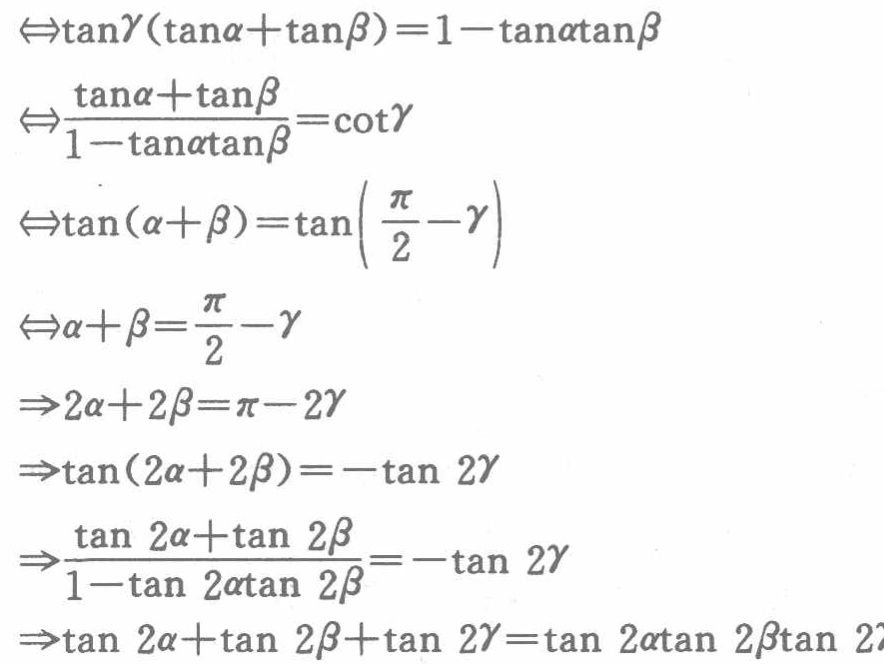
$\begin{align*}
&\Leftrightarrow\tan\gamma(\tan\alpha+\tan\beta)=1 - \tan\alpha\tan\beta\\
&\Leftrightarrow\frac{\tan\alpha+\tan\beta}{1 - \tan\alpha\tan\beta}=\cot\gamma\\
&\Leftrightarrow\tan(\alpha+\beta)=\tan\left(\frac{\pi}{2}-\gamma\right)\\
&\Leftrightarrow\alpha+\beta=\frac{\pi}{2}-\gamma\\
&\Rightarrow2\alpha + 2\beta=\pi-2\gamma\\
&\Rightarrow\tan(2\alpha + 2\beta)=-\tan2\gamma\\
&\Rightarrow\frac{\tan2\alpha+\tan2\beta}{1 - \tan2\alpha\tan2\beta}=-\tan2\gamma\\
&\Rightarrow\tan2\alpha+\tan2\beta+\tan2\gamma=\tan2\alpha\tan2\beta\tan2\gamma
\end{align*}$